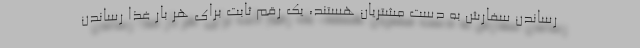
رساندن سفارش به دست مشتریان هستند، یک رقم ثابت برای هر بار غذا رساندن